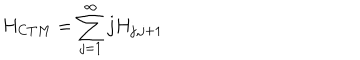
H _ { C T M } = \sum _ { j = 1 } ^ { \infty } j H _ { j , j + 1 }